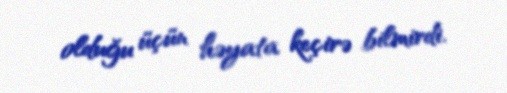
olduğu üçün həyata keçirə bilmirdi.